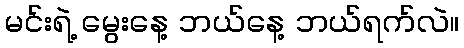
မင်းရဲ့ မွေးနေ့ ဘယ်နေ့ ဘယ်ရက်လဲ။